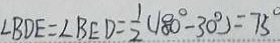
\angle B D E = \angle B E D = \frac { 1 } { 2 } ( 1 8 0 ^ { \circ } - 3 0 ^ { \circ } ) = 7 5 ^ { \circ }